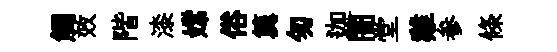
觸效階漆嫦俗簨匆迦闠堂雞参條